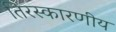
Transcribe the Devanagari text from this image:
तिरस्कारणीय